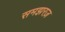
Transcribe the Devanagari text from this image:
समझरज़